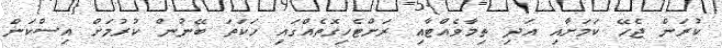
ކުރަން ޖެހޭ ކަމަށާއި އަދި ތިމާވެއްޓާއި ރަށްޓެހިގޮތެއްގައި ހަކަތަ ބޭނުން ކުރުމަށް އިސްކަން